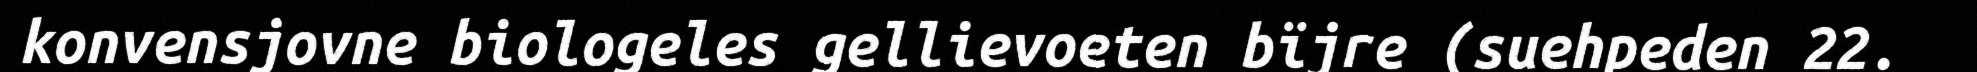
konvensjovne biologeles gellievoeten bïjre (suehpeden 22.